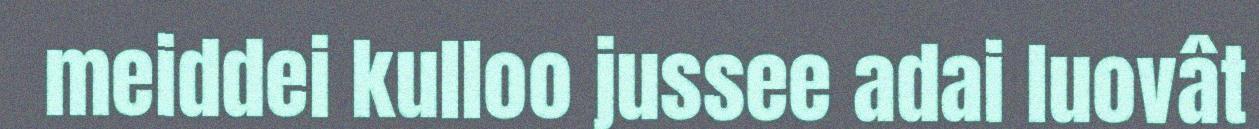
meiddei kulloo jussee adai luovât